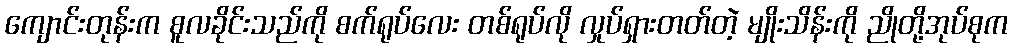
ကျောင်းတုန်းက စူလခိုင်းသည်ကို စက်ရုပ်လေး တစ်ရုပ်လို လှုပ်ရှားတတ်တဲ့ မျိုးသိန်းကို ညိုတို့အုပ်စုက